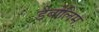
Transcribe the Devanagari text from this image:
डैबोलिम